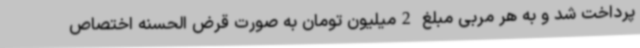
پرداخت شد و به هر مربی مبلغ 2میلیون تومان به صورت قرض الحسنه اختصاص